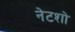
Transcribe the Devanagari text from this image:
नेटशो